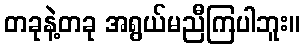
တခုနဲ့တခု အရွယ်မညီကြပါဘူး။